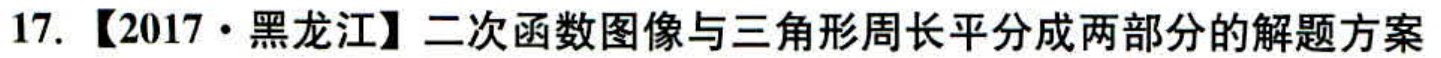
17. 【2017·黑龙江】二次函数图像与三角形周长平分成两部分的解题方案